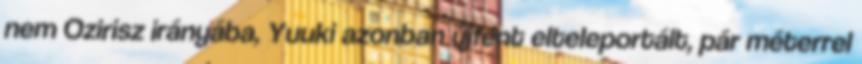
nem Ozirisz irányába, Yuuki azonban újfent elteleportált, pár méterrel